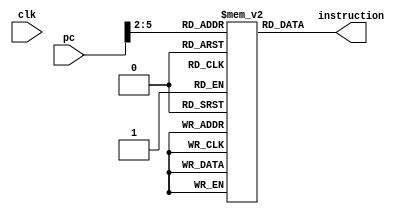
`timescale 1ns / 1ps


module Instruction_Memory(
 input clk,
 input[31:0] pc,
 output [31:0] instruction
);

 reg [31:0] memory [15:0];
 wire [3 : 0] rom_addr = pc[5 : 2];
 initial
  begin
   //$readmemb("./test/test.prog", memory,0,15);
                   memory[0] = 32'b00000000010000010000000000000000;  
                   memory[1] = 32'b00000000010000100000000000000001;  
                   memory[2] = 32'b00001000001000100001100000100000;  
                   memory[3] = 32'b00000100001000110000000000000000;  
                   memory[4] = 32'b00001000010000010001100000100010;  
                   memory[5] = 32'b00001000001000000001100000100110; 
                   memory[6] = 32'b00001000001000100001100000101000;  
                   memory[7] = 32'b00001000001000100001100000101001;  
                   memory[8] = 32'b00001000001000100001100000100011;  
                   memory[9] = 32'b00001000001000100001100000100100;  
                   memory[10] = 32'b00001000001000100001100000100111;  
                   memory[11] = 32'b00001000001000100001100000100101;  
                   memory[12] = 32'b00001000001000010000100000100000;  
                   memory[13] = 32'b00001100001000100000000000000001;  
                   memory[14] = 32'b00010000001000100000000000000000;  
                   memory[15] = 32'b00011000000000000000000000000000;  
  end
 assign instruction =  memory[rom_addr];

endmodule